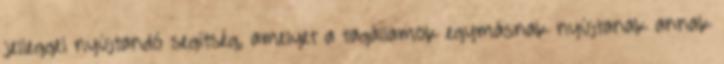
jelleggel nyújtandó segítség, amelyet a tagállamok egymásnak nyújtanak annak